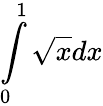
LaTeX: \int\limits_{0}^{1}\sqrt{x}dx